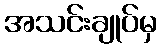
အသင်းချုပ်မှ